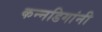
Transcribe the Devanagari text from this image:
कन्नडिगांनी